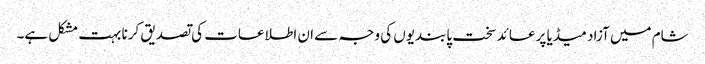
شام میں آزاد میڈیا پر عائد سخت پابندیوں کی وجہ سے ان اطلاعات کی تصدیق کرنا بہت مشکل ہے۔